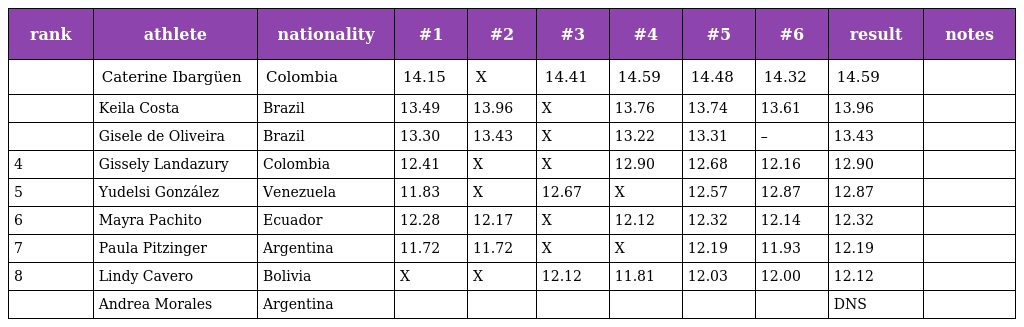
| rank | athlete | nationality | #1 | #2 | #3 | #4 | #5 | #6 | result | notes |
 | --- | --- | --- | --- | --- | --- | --- | --- | --- | --- | --- |
 |  | Caterine Ibargüen | Colombia | 14.15 | X | 14.41 | 14.59 | 14.48 | 14.32 | 14.59 |  |
 |  | Keila Costa | Brazil | 13.49 | 13.96 | X | 13.76 | 13.74 | 13.61 | 13.96 |  |
 |  | Gisele de Oliveira | Brazil | 13.30 | 13.43 | X | 13.22 | 13.31 | – | 13.43 |  |
 | 4 | Gissely Landazury | Colombia | 12.41 | X | X | 12.90 | 12.68 | 12.16 | 12.90 |  |
 | 5 | Yudelsi González | Venezuela | 11.83 | X | 12.67 | X | 12.57 | 12.87 | 12.87 |  |
 | 6 | Mayra Pachito | Ecuador | 12.28 | 12.17 | X | 12.12 | 12.32 | 12.14 | 12.32 |  |
 | 7 | Paula Pitzinger | Argentina | 11.72 | 11.72 | X | X | 12.19 | 11.93 | 12.19 |  |
 | 8 | Lindy Cavero | Bolivia | X | X | 12.12 | 11.81 | 12.03 | 12.00 | 12.12 |  |
 |  | Andrea Morales | Argentina |  |  |  |  |  |  | DNS |  |